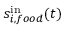
s _ { i , f o o d } ^ { \mathrm { i n } } ( t )